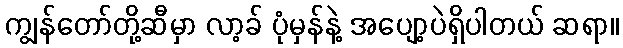
ကျွန်တော်တို့ဆီမှာ လာ့ခ် ပုံမှန်နဲ့ အပျော့ပဲရှိပါတယ် ဆရာ။